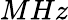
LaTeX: MHz